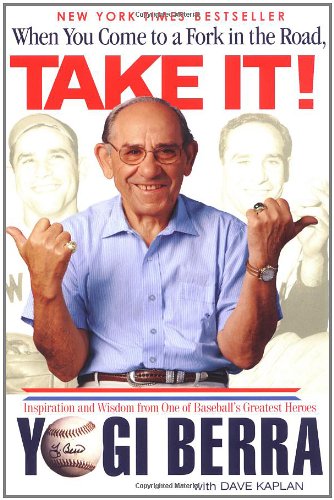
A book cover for When You Come to a Fork in the Road, Take It!: Inspiration and Wisdom From One of Baseball's Greatest Heroes; Yogi Berra; Health, Fitness & Dieting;